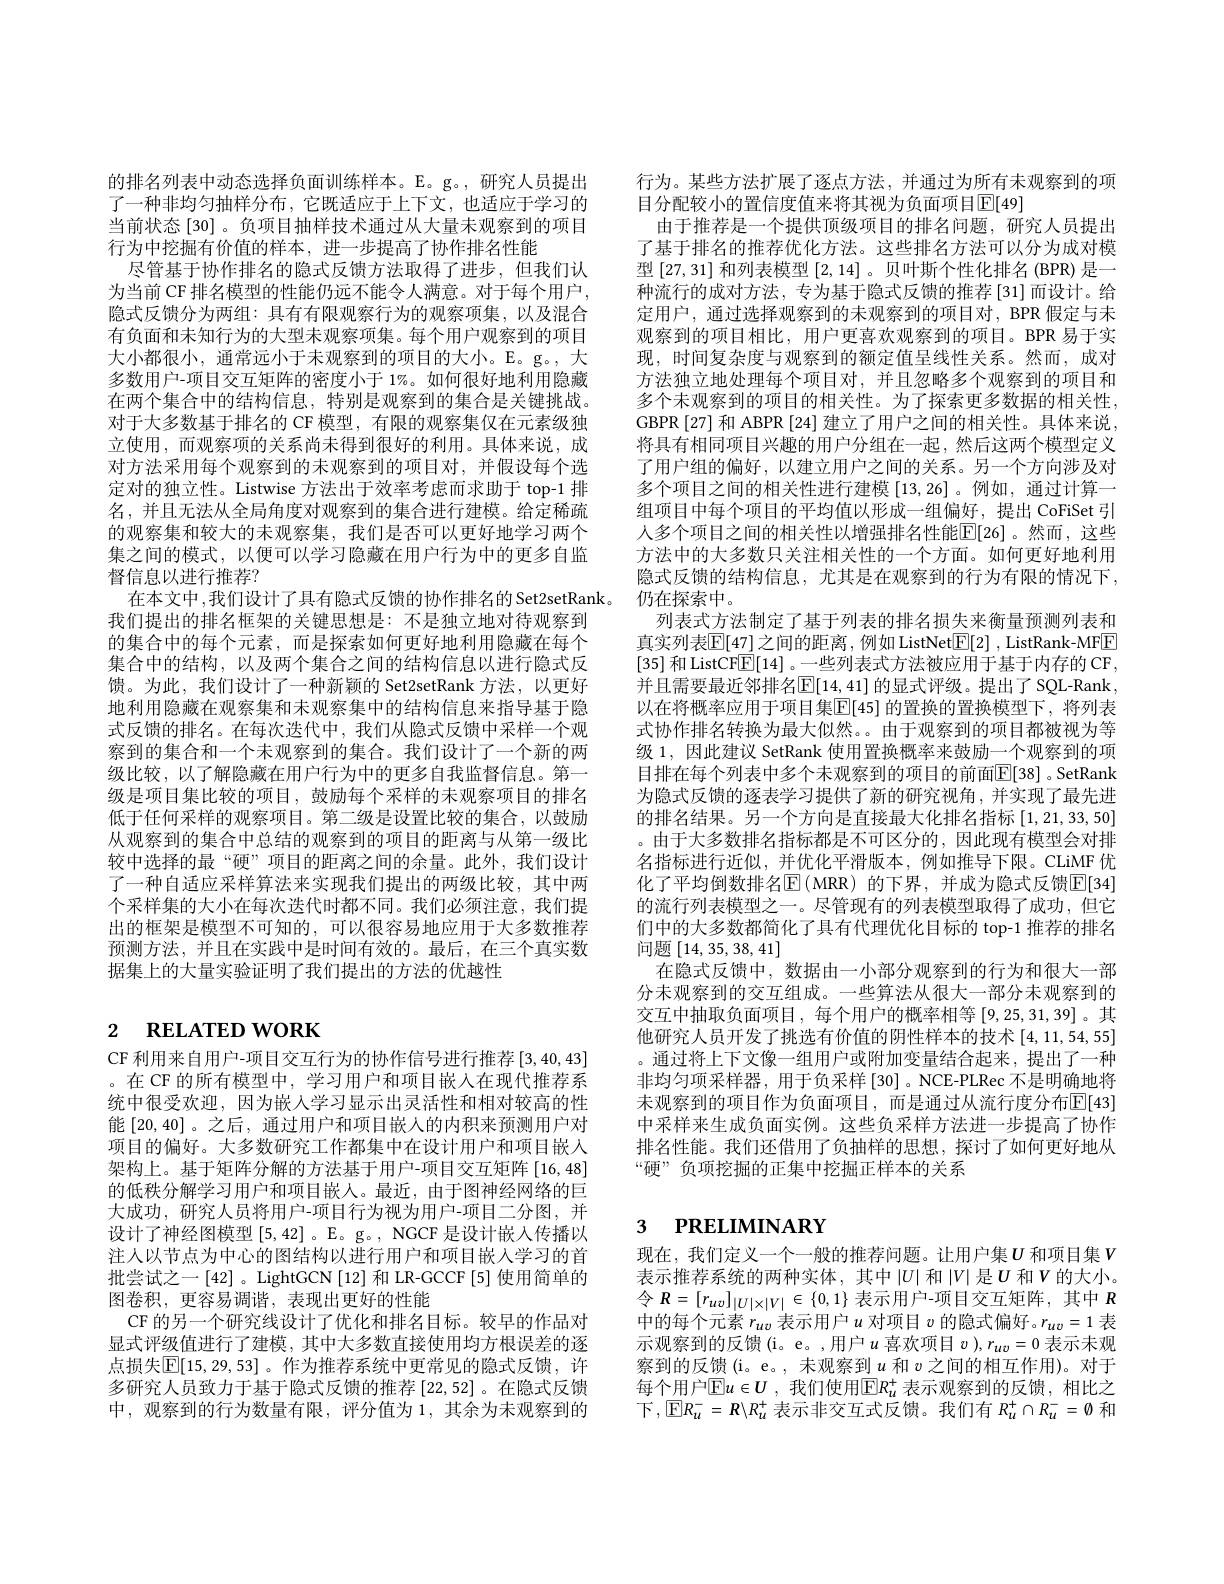
的排名列表中动态选择负面训练样本。E。g。,研究人员提出了一种非均匀抽样分布，它既适应于上下文，也适应于学习的当前状态[30]。负项目抽样技术通过从大量未观察到的项目行为中挖掘有价值的样本，进一步提高了协作排名性能
尽管基于协作排名的隐式反馈方法取得了进步，但我们认为当前 CF 排名模型的性能仍远不能令人满意。对于每个用户， 隐式反馈分为两组：具有有限观察行为的观察项集，以及混合有负面和未知行为的大型未观察项集。每个用户观察到的项目大小都很小，通常远小于未观察到的项目的大小。E。g。, 大多数用户-项目交互矩阵的密度小于 1%。如何很好地利用隐藏在两个集合中的结构信息，特别是观察到的集合是关键挑战。对于大多数基于排名的 CF 模型，有限的观察集仅在元素级独立使用，而观察项的关系尚未得到很好的利用。具体来说，成对方法采用每个观察到的未观察到的项目对，并假设每个选定对的独立性。Listwise 方法出于效率考虑而求助于 top-1 排名，并且无法从全局角度对观察到的集合进行建模。给定稀疏的观察集和较大的未观察集，我们是否可以更好地学习两个集之间的模式，以便可以学习隐藏在用户行为中的更多自监督信息以进行推荐？
在本文中，我们设计了具有隐式反馈的协作排名的 Set2setRank。
我们提出的排名框架的关键思想是：不是独立地对待观察到的集合中的每个元素，而是探索如何更好地利用隐藏在每个集合中的结构，以及两个集合之间的结构信息以进行隐式反馈。为此，我们设计了一种新颖的 Set2setRank 方法，以更好地利用隐藏在观察集和未观察集中的结构信息来指导基于隐式反馈的排名。在每次迭代中，我们从隐式反馈中采样一个观察到的集合和一个未观察到的集合。我们设计了一个新的两级比较，以了解隐藏在用户行为中的更多自我监督信息。第一级是项目集比较的项目，鼓励每个采样的未观察项目的排名低于任何采样的观察项目。第二级是设置比较的集合，以鼓励从观察到的集合中总结的观察到的项目的距离与从第一级比较中选择的最“硬”项目的距离之间的余量。此外，我们设计了一种自适应采样算法来实现我们提出的两级比较，其中两个采样集的大小在每次迭代时都不同。我们必须注意，我们提出的框架是模型不可知的，可以很容易地应用于大多数推荐预测方法，并且在实践中是时间有效的。最后，在三个真实数据集上的大量实验证明了我们提出的方法的优越性

# 2 RELATED WORK

CF利用来自用户-项目交互行为的协作信号进行推荐[3,40,43] 。在 CF 的所有模型中，学习用户和项目嵌入在现代推荐系统中很受欢迎，因为嵌人学习显示出灵活性和相对较高的性能[20,40]。之后，通过用户和项目嵌人的内积来预测用户对项目的偏好。大多数研究工作都集中在设计用户和项目嵌入架构上。基于矩阵分解的方法基于用户-项目交互矩阵[16,48] 的低秩分解学习用户和项目嵌人。最近，由于图神经网络的巨大成功，研究人员将用户-项目行为视为用户-项目二分图，并设计了神经图模型[5,42] 。E。g。, NGCF 是设计嵌入传播以注人以节点为中心的图结构以进行用户和项目嵌入学习的首批尝试之一[42] 。LightGCN [12] 和 LR-GCCF [5] 使用简单的图卷积，更容易调谐，表现出更好的性能
CF 的另一个研究线设计了优化和排名目标。较早的作品对显式评级值进行了建模，其中大多数直接使用均方根误差的逐点损失$\overline{\mathbb{E}}[15,29,53]$。作为推荐系统中更常见的隐式反馈，许多研究人员致力于基于隐式反馈的推荐[22,52]。在隐式反馈中，观察到的行为数量有限，评分值为 1,其余为未观察到的

行为。某些方法扩展了逐点方法，并通过为所有未观察到的项
目分配较小的置信度值来将其视为负面项目$\operatorname{E}[49]$
由于推荐是一个提供顶级项目的排名问题，研究人员提出了基于排名的推荐优化方法。这些排名方法可以分为成对模型[27,31]和列表模型[2,14] 。贝叶斯个性化排名 (BPR) 是一种流行的成对方法，专为基于隐式反馈的推荐[31]而设计。给定用户，通过选择观察到的未观察到的项目对，BPR 假定与末观察到的项目相比，用户更喜欢观察到的项目。BPR 易于实现，时间复杂度与观察到的额定值呈线性关系。然而，成对方法独立地处理每个项目对，并且忽略多个观察到的项目和多个未观察到的项目的相关性。为了探索更多数据的相关性。GBPR [27] 和 ABPR [24] 建立了用户之间的相关性。具体来说， 将具有相同项目兴趣的用户分组在一起，然后这两个模型定义了用户组的偏好，以建立用户之间的关系。另一个方向涉及对多个项目之间的相关性进行建模 [13,26]。例如，通过计算一组项目中每个项目的平均值以形成一组偏好，提出 CoFiSet 引人多个项目之间的相关性以增强排名性能$\overline{\mathbb{E}}[26]$。然而，这些方法中的大多数只关注相关性的一个方面。如何更好地利用隐式反馈的结构信息，尤其是在观察到的行为有限的情况下， 仍在探索中。
列表式方法制定了基于列表的排名损失来衡量预测列表和真实列表$\mathbb{E}[47]$之间的距离，例如 ListNet$\boxed{\mathbb{E}}[2]$ , ListRank-MFE [35]和 ListCFE[14]。一些列表式方法被应用于基于内存的 CF, 并且需要最近邻排名$\boxed{\mathbb{E}}[14,41]$ 的显式评级。提出了 SQL-Rank, 以在将概率应用于项目集$\boxed{\mathbb{E}}[45]$ 的置换的置换模型下，将列表式协作排名转换为最大似然。。由于观察到的项目都被视为等级 1, 因此建议 SetRank 使用置换概率来鼓励一个观察到的项目排在每个列表中多个未观察到的项目的前面$\overline{\mathbb{E}}[38]$ 。SetRank 为隐式反馈的逐表学习提供了新的研究视角，并实现了最先进的排名结果。另一个方向是直接最大化排名指标[1,21,33,50] 。由于大多数排名指标都是不可区分的，因此现有模型会对排名指标进行近似，并优化平滑版本，例如推导下限。CLiMF 优化了平均倒数排名$\operatorname{E}($MRR)的下界，并成为隐式反馈$\operatorname{E}[34]$ 的流行列表模型之一。尽管现有的列表模型取得了成功，但它们中的大多数都简化了具有代理优化目标的 top-1 推荐的排名问题[14,35,38,41]
在隐式反馈中，数据由一小部分观察到的行为和很大一部分未观察到的交互组成。一些算法从很大一部分未观察到的交互中抽取负面项目，每个用户的概率相等[9,25,31,39]。其他研究人员开发了挑选有价值的阴性样本的技术[4,11,54,55] 。通过将上下文像一组用户或附加变量结合起来，提出了一种非均匀项采样器，用于负采样[30]。NCE-PLRec 不是明确地将未观察到的项目作为负面项目，而是通过从流行度分布$\mathbb{E}[43]$ 中采样来生成负面实例。这些负采样方法进一步提高了协作排名性能。我们还借用了负抽样的思想，探讨了如何更好地从“硬”负项挖掘的正集中挖掘正样本的关系

# 3 PRELIMINARY

现在，我们定义一个一般的推荐问题。让用户集$U$ 和项目集$V$ 表示推荐系统的两种实体，其中$\left|U\right|$和$\left|V\right|$是$U$ 和$V$的大小。令$R=[r_{uv}]_{|U|\times|V|}\in\{0,1\}$表示用户-项目交互矩阵，其中$R$ 中的每个元素$r_uv$表示用户$u$对项目$v$的隐式偏好。$r_uv=1$表示观察到的反馈(i。e。,用户$u$喜欢项目$v),r_uv=0$表示未观察到的反馈(i。e。, 未观察到$u$和$v$之间的相互作用)。对于每个用户$\overline{\mathbb{E}}u\in U$ ,我们使用$\overline{\mathbb{E}}R_u^+$ 表示观察到的反馈，相比之下，$\boxtimes R_{u}^{-}=R\backslash R_{u}^{+}$表示非交互式反馈。我们有$R_u^{+}\cap R_{u}^{-}=\emptyset$和